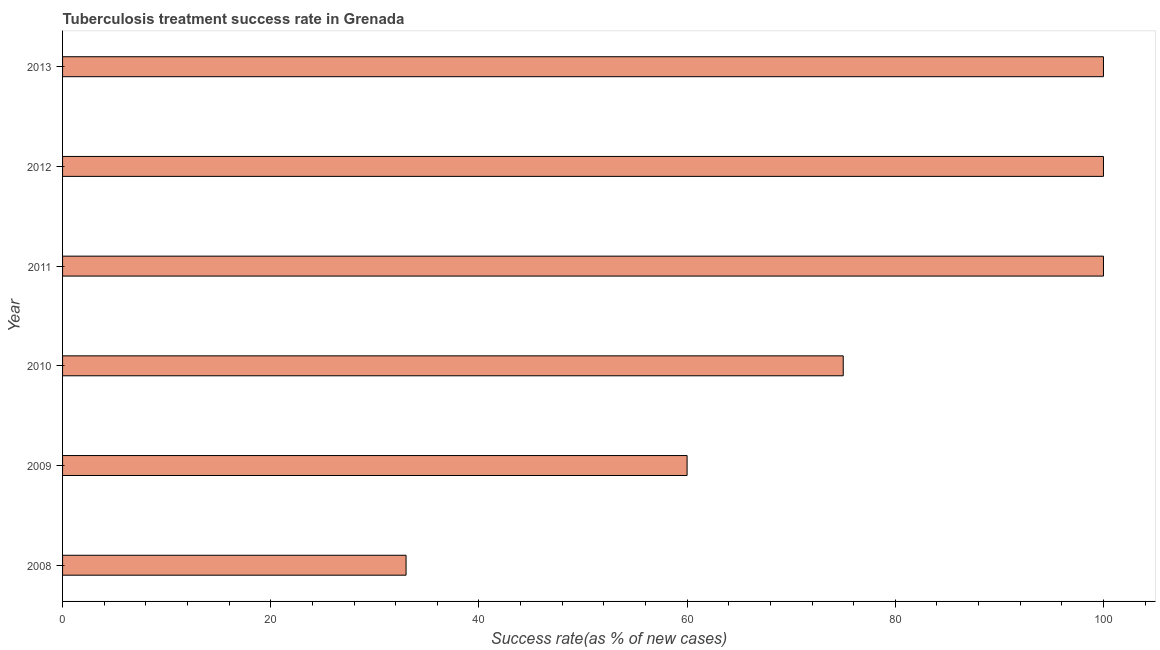
| Year | Tuberculosis treatment success rate |
 | --- | --- |
 | 2008 | 33 |
 | 2009 | 60 |
 | 2010 | 75 |
 | 2011 | 100 |
 | 2012 | 100 |
 | 2013 | 100 |